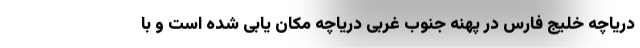
دریاچه خلیج فارس در پهنه جنوب غربی دریاچه مکان یابی شده است و با